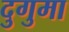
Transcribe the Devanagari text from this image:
दुगुमा